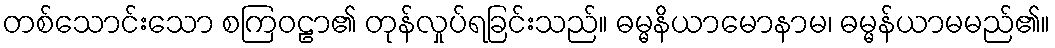
တစ်သောင်းသော စကြဝဠာ၏ တုန်လှုပ်ရခြင်းသည်။ ဓမ္မနိယာမောနာမ၊ ဓမ္မန်ယာမမည်၏။